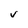
Character: v